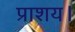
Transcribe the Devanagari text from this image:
प्राशय।